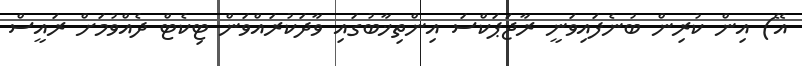
އޭ) އިން ކުރިން ބުނެފައިވަނީ ރާޖަޕަކްސަ އިންތިޚާބުގައި ވާދަކުރައްވަން ޓިކެޓް ދެއްވުމަށް ރައީސް